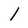
Character: l